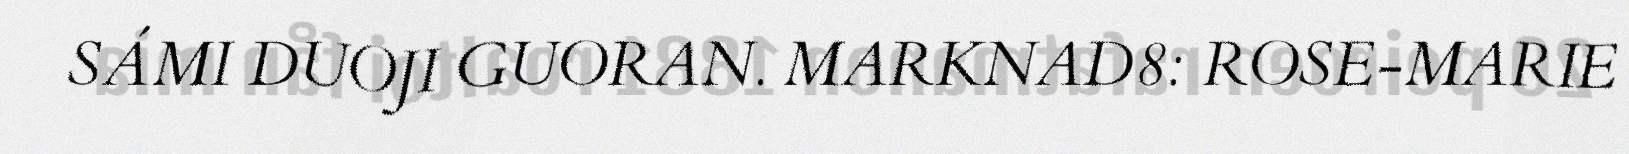
SÁMI DUOJI GUORAN. MARKNAD8: ROSE-MARIE